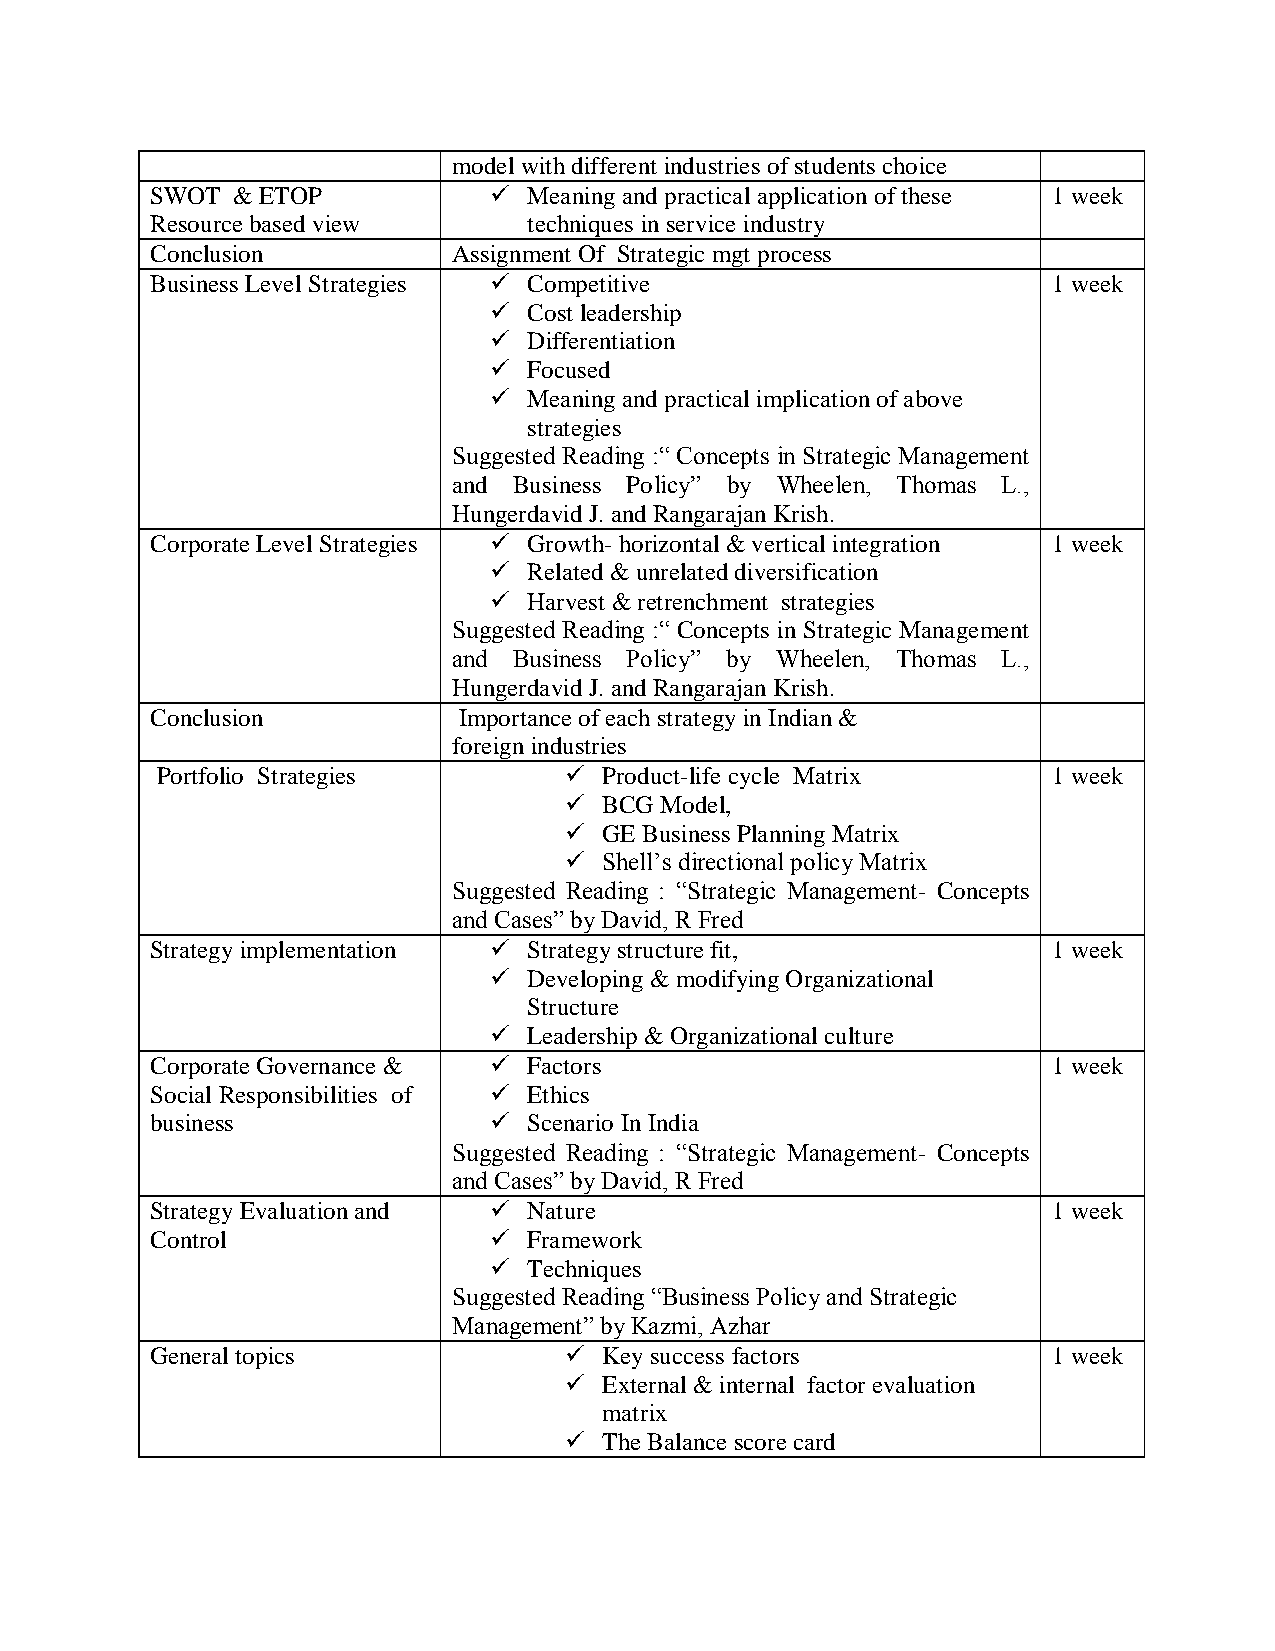
model with different industries of students choice
 SWOT & ETOP             Meaning and practical application of these 1 week
 Resource based view      techniques in service industry
 Conclusion          Assignment Of Strategic mgt process
 Business Level Strategies  Competitive                     1 week
   Cost leadership
   Differentiation
   Focused
   Meaning and practical implication of above
 strategies
 Suggested Reading :“ Concepts in Strategic Management
 and Business Policy” by Wheelen, Thomas L.,
 Hungerdavid J. and Rangarajan Krish.
 Corporate Level Strategies  Growth- horizontal & vertical integration 1 week
   Related & unrelated diversification
   Harvest & retrenchment strategies
 Suggested Reading :“ Concepts in Strategic Management
 and Business Policy” by Wheelen, Thomas L.,
 Hungerdavid J. and Rangarajan Krish.
 Conclusion          Importance of each strategy in Indian &
 foreign industries
 Portfolio Strategies         Product-life cycle Matrix     1 week
   BCG Model,
   GE Business Planning Matrix
   Shell’s directional policy Matrix
 Suggested Reading : “Strategic Management- Concepts
 and Cases” by David, R Fred
 Strategy implementation  Strategy structure fit,           1 week
   Developing & modifying Organizational
 Structure
   Leadership & Organizational culture
 Corporate Governance &  Factors                            1 week
 Social Responsibilities of  Ethics
 business                Scenario In India
 Suggested Reading : “Strategic Management- Concepts
 and Cases” by David, R Fred
 Strategy Evaluation and  Nature                            1 week
 Control                 Framework
   Techniques
 Suggested Reading “Business Policy and Strategic
 Management” by Kazmi, Azhar
 General topics               Key success factors           1 week
   External & internal factor evaluation
 matrix
   The Balance score card